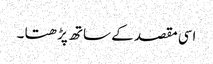
اسی مقصد کے ساتھ پڑھتا ۔